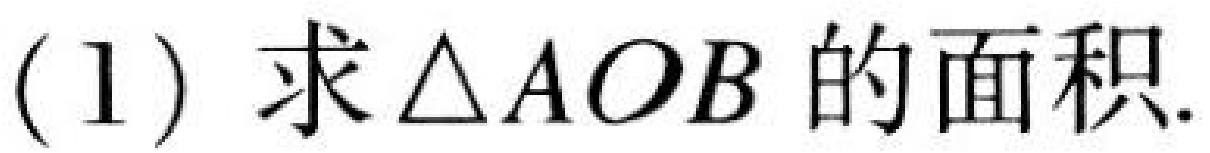
(1) 求\(\triangle AOB\)的面积.